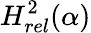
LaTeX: H_{rel}^{2}(\alpha)